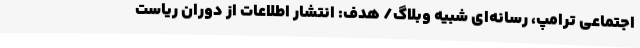
اجتماعی ترامپ، رسانه‌ای شبیه وبلاگ/ هدف: انتشار اطلاعات از دوران ریاست